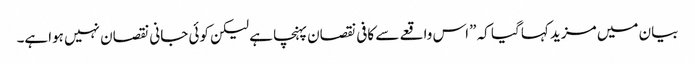
بیان میں مزید کہا گیا کہ ”اس واقعے سے کافی نقصان پہنچا ہے لیکن کوئی جانی نقصان نہیں ہواہے۔